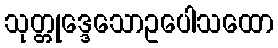
သုတ္တုဒ္ဒေသောဥပေါသထော